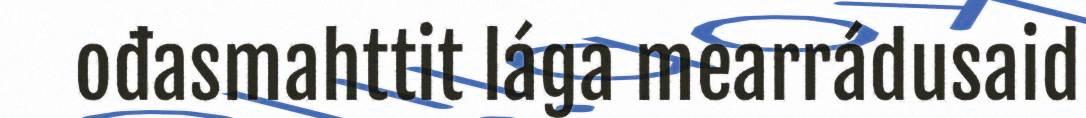
ođasmahttit lága mearrádusaid